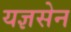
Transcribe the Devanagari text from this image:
यज्ञसेन